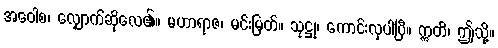
အဝေါစ၊ လျှောက်ဆိုလေ၏။ မဟာရာဇ၊ မင်းမြတ်။ သုဋ္ဌု၊ ကောင်းလှပါပြီ။ ဣတိ၊ ဤသို့။